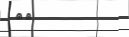
٢٦